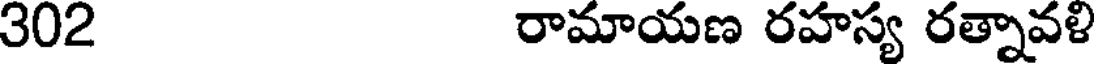
302 రామాయణ రహస్య రత్నావళి